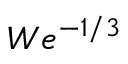
W e ^ { - 1 / 3 }